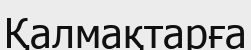
Қалмақтарға